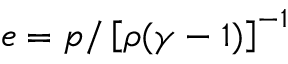
e = p / \left[ \rho ( \gamma - 1 ) \right] ^ { - 1 }